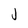
Character: j